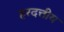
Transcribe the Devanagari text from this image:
हरदत्तीय